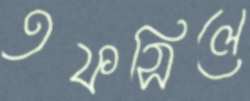
তফসিলে